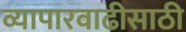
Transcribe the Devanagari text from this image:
व्यापारवाढीसाठी